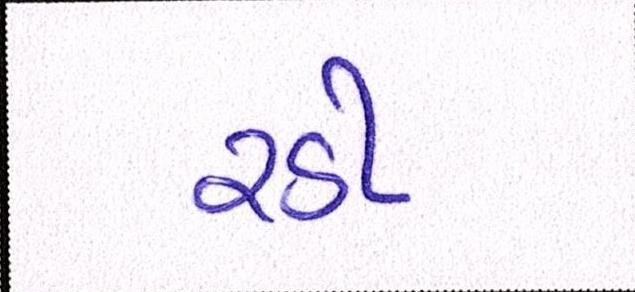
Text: રડી